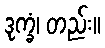
ဒုက္ခံ၊ တည်း။